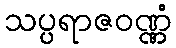
သပ္ပရာဇဝဏ္ဏံ